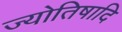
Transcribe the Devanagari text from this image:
ज्योतिषादि